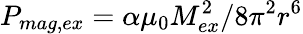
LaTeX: P_{mag,ex}=\alpha\mu_{0}M_{ex}^{2}/8\pi^{2}r^{6}